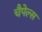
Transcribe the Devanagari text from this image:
चैपेल्स